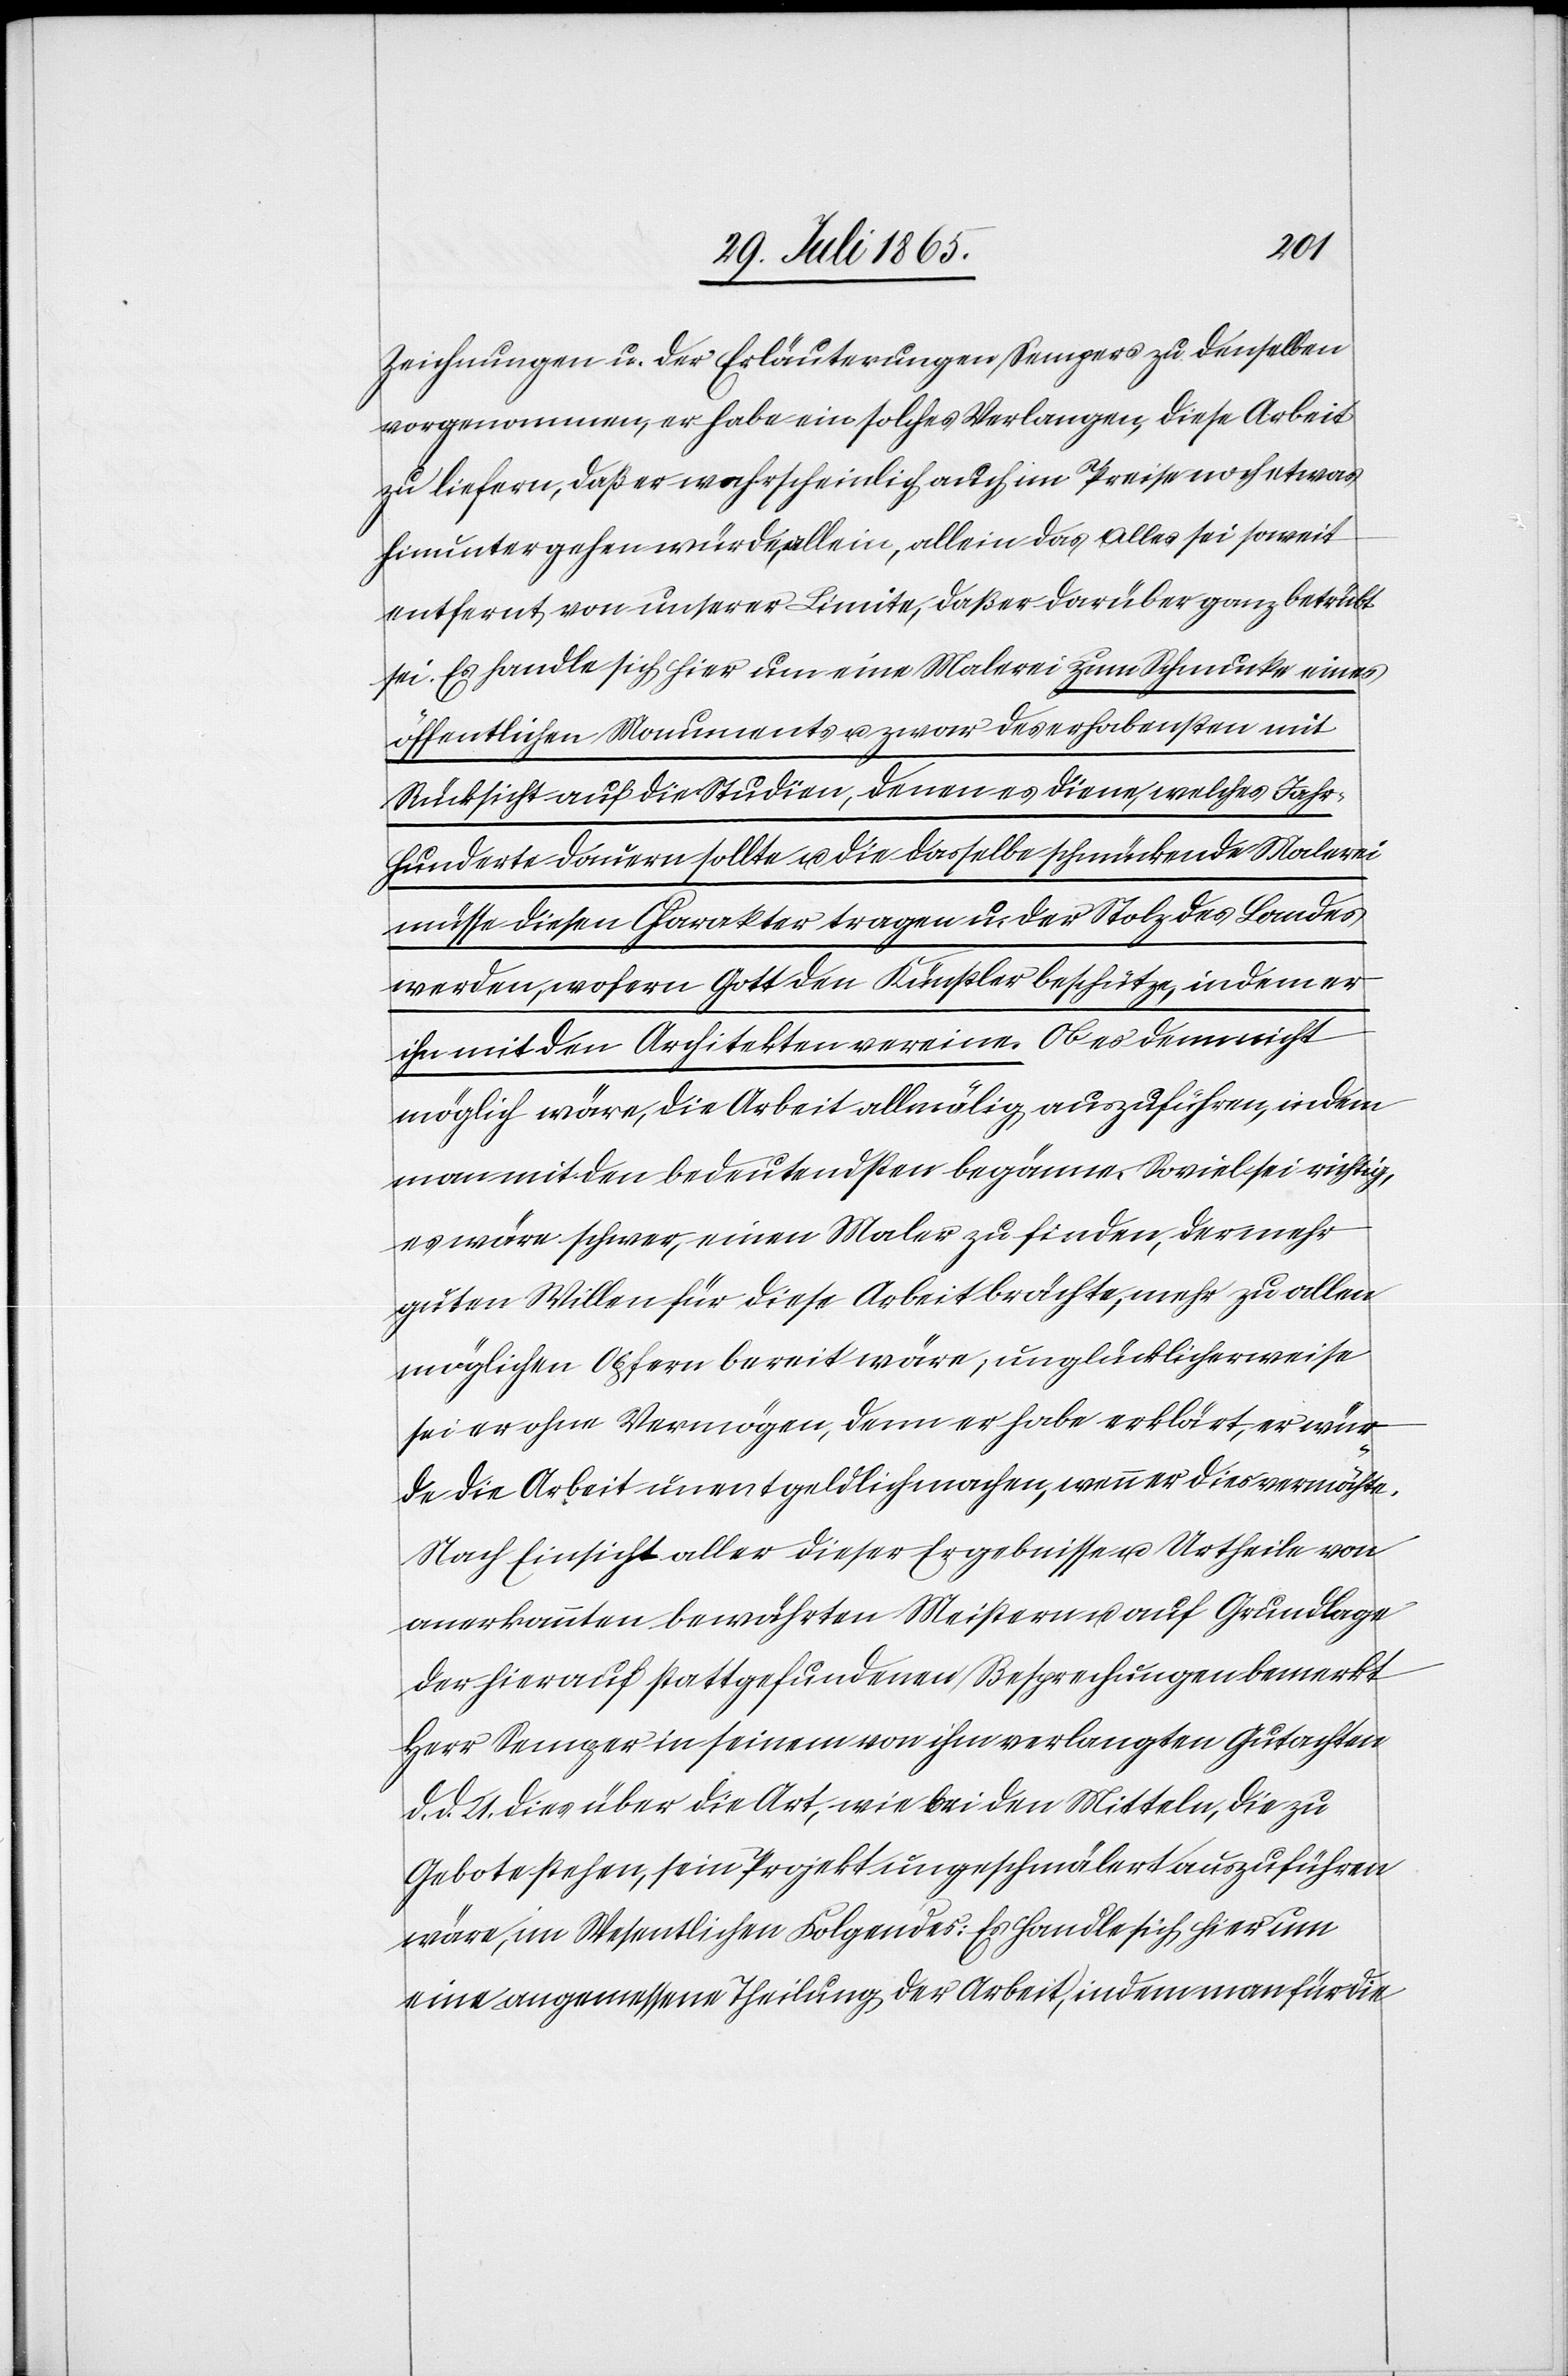
Zeichnungen u. der Erläuterungen Sempers zu denselben
vorgenommen, er habe ein solches Verlangen, diese Arbeit
zu liefern, daß er wahrscheinlich auch im Preise noch etwas
hinuntergehen würde, allein, allein das Alles sei soweit
entfernt, von unserer Limite, daß er darüber ganz betrübt
sei. Es handle sich hier um eine Malerei zum Schmucke eines
öffentlichen Monuments u. zwar des erhabensten mit
Rücksicht auf die Studien, denen es diene, welches Jahr¬
hunderte dauern sollte u. die dasselbe schmückende Malerei
müsse diesen Charakter tragen u. der Stolz des Landes
werden, wofern Gott den Künstler beschütze, indem er
ihn mit den Architekten vereine. Ob es denn nicht
möglich wäre, die Arbeit allmälig auszuführen, indem
man mit den bedeutendsten begänne. Soviel sei richtig,
es wäre schwer, einen Maler zu finden, der mehr
guten Willen für diese Arbeit brächte, mehr zu allen
möglichen Opfern bereit wäre; unglücklicherweise
sei er ohne Vermögen, denn er habe erklärt, er wür¬
de die Arbeit unentgeldlich machen, wenn er dies vermöchte.
Nach Einsicht aller dieser Ergebnisse u. Urtheile von
anerkannten bewährten Meistern u. auf Grundlage
der hierauf stattgefundenen Besprechungen bemerkt
Herr Semper in seinem von ihm verlangten Gutachten
d. 21. dies über die Art, wie bei den Mitteln, die zu
Gebote stehen, sein Projekt ungeschmälert auszuführen
wäre, im Wesentlichen Folgendes: Es handle sich hier um
eine angemessene Theilung der Arbeit, indem man für die